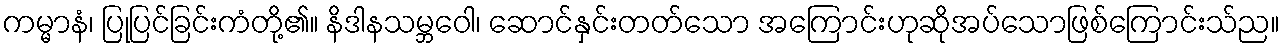
ကမ္မာနံ၊ ပြုပြင်ခြင်းကံတို့၏။ နိဒါနသမ္ဘဝေါ၊ ဆောင်နှင်းတတ်သော အကြောင်းဟုဆိုအပ်သောဖြစ်ကြောင်းသ်ည။